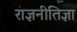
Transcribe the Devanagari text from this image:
राज्ञनीतिज्ञा